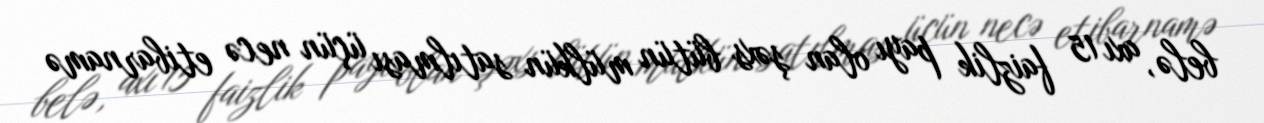
belə, axı 15 faizlik payı olan şəxs bütün mülkün satılması üçün necə etibarnamə